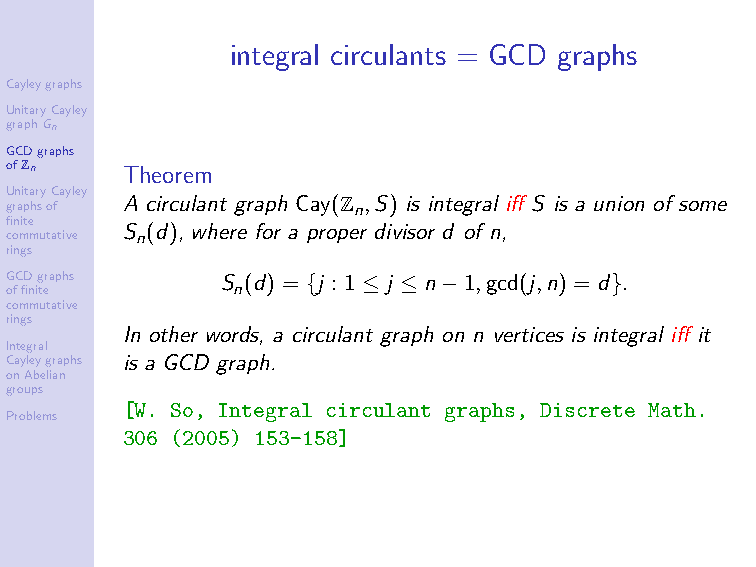
integral circulants = GCD graphs
 Cayleygraphs
 UnitaryCayley
 graphGn
 GCDgraphs
 ofZn
 Theorem
 UnitaryCayley A circulant graph Cay(Z ,S) is integral iff S is a union of some
 graphsof               n
 finite
 S (d), where for a proper divisor d of n,
 commutative n
 rings
 GCDgraphs      S (d) = {j : 1 ≤ j ≤ n−1,gcd(j,n) = d}.
 offinite       n
 commutative
 rings
 In other words, a circulant graph on n vertices is integral iff it
 Integral
 Cayleygraphs is a GCD graph.
 onAbelian
 groups
 [W. So, Integral circulant graphs, Discrete Math.
 Problems
 306 (2005) 153-158]